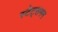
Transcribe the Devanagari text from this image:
स्टेट्समन